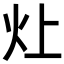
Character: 𬉷